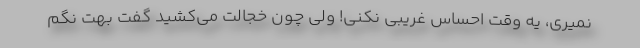
نمیری، یه وقت احساس غریبی نکنی! ولی چون خجالت می‌کشید گفت بهت نگم